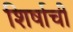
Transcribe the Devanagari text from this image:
शिर्षाची